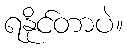
ရနိုင်တာပဲ။